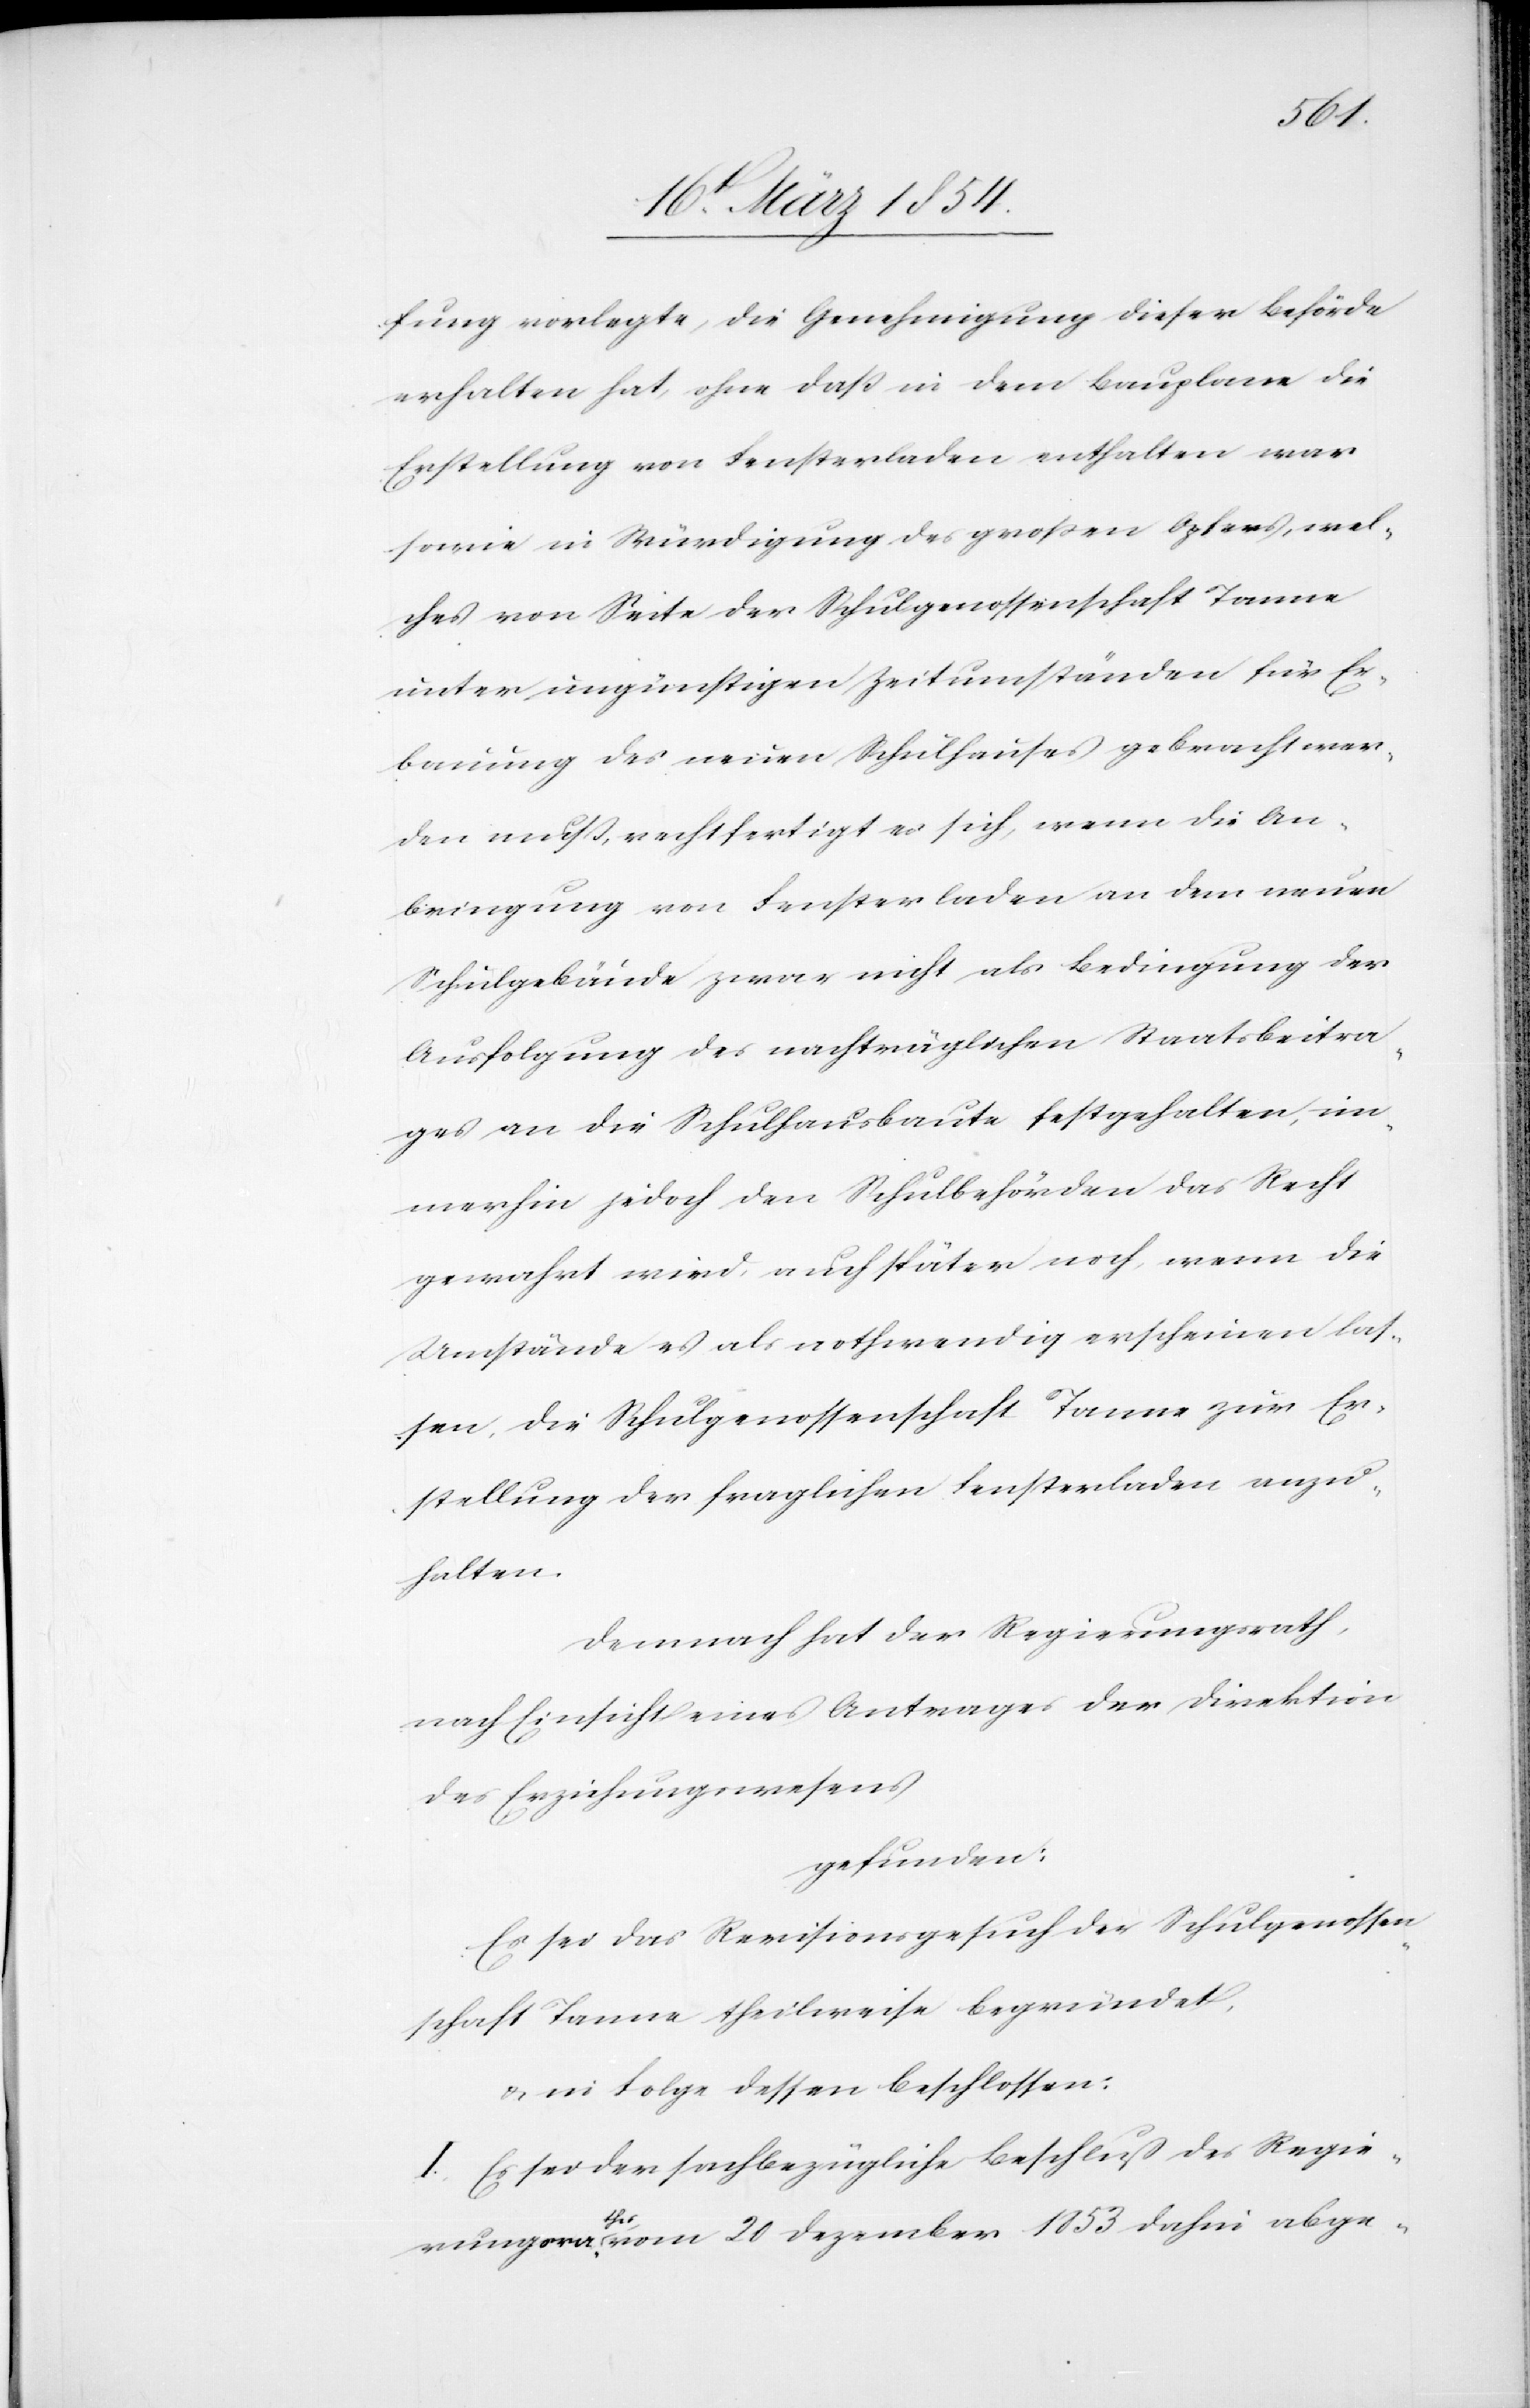
fung vorlegte, die Genehmigung dieser Behörde
erhalten hat, ohne daß in dem Bauplane die
Erstellung von Fensterladen enthalten war
sowie in Würdigung des großen Opfers, wel¬
ches von Seite der Schulgenossenschaft Tanne
unter ungünstigen Zeitumständen für Er¬
bauung des neuen Schulhauses gebracht wer¬
den muß, rechtfertigt es sich, wenn die An¬
bringung von Fensterladen an dem neuen
Schulgebäude zwar nicht als Bedingung der
Ausfolgung des nachträglichen Staatsbeitra¬
ges an die Schulhausbaute festgehalten, im¬
merhin jedoch den Schulbehörden das Recht
gewahrt wird, auch später noch, wenn die
Umstände es als nothwenig erscheinen las¬
sen, die Schulgenossenschaft Tanne zur Er¬
stellung der fraglichen Fensterladen anzu¬
halten.
Demnach hat der Regierungsrath,
nach Einsicht eines Antrages der Direktion
des Erziehungswesen
gefunden:
Es sei das Revisionsgesuch der Schulgenossen¬
schaft Tanne theilweise begründet,
u. in Folge dessen beschlossen:
I. Es sei der sachbezügliche Beschluß des Regie¬
rungsraa-thes-a vom 20 Dezember 1853 dahin abge-